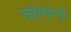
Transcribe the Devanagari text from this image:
चोम्पन्य